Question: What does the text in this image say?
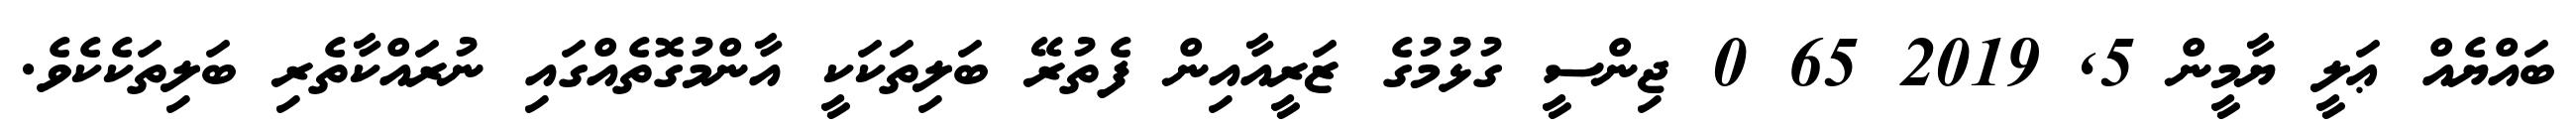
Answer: ބައްޔެއް ޢަލީ ޔާމީން 5, 2019 65 0 ޖިންސީ ގުޅުމުގެ ޒަރީއާއިން ފެތުރޭ ބަލިތަކަކީ އާންމުގޮތެއްގައި ނުރައްކާތެރި ބަލިތަކެކެވެ.